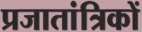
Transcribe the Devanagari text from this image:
प्रजातांत्रिकों